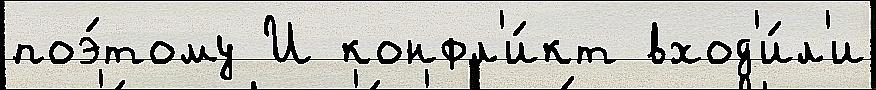
поэ́тому И конфл'и́кт вход'и́л'и